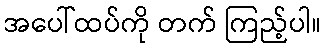
အပေါ်ထပ်ကို တက် ကြည့်ပါ။